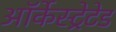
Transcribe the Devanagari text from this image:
ऑर्केस्ट्रेटेड